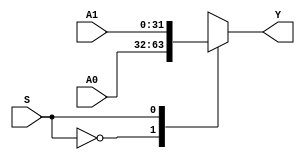
`timescale 1ns / 1ps

// Select 1 in 2. (32-bits)
module MUX2X32 (A0, A1, S, Y);

    input [31:0] A0,A1;
    input S;
    output [31:0] Y;

    function [31:0] select;

        input [31:0] A0,A1;
        input S;

        case(S)
            1'b0: select = A0;
            1'b1: select = A1;
        endcase

    endfunction

    assign Y = select(A0, A1, S);

endmodule